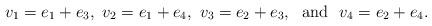
LaTeX: \begin{align*}v_1 = e_1 + e_3, \ v_2 = e_1 + e_4, \ v_3 = e_2 + e_3, \ \ \mbox{and} \ \ v_4 = e_2 + e_4.\end{align*}